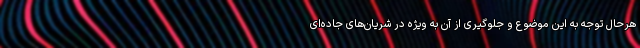
هرحال توجه به این موضوع و جلوگیری از آن به ویژه در شریان‌های جاده‌ای